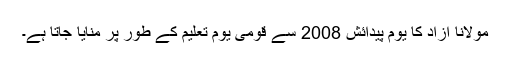
مولانا آزاد کا یوم پیدائش 2008 سے قومی یوم تعلیم کے طور پر منایا جاتا ہے۔